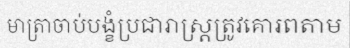
មាត្រាចាប់បង្ខំប្រជារាស្ត្រត្រូវគោរពតាម